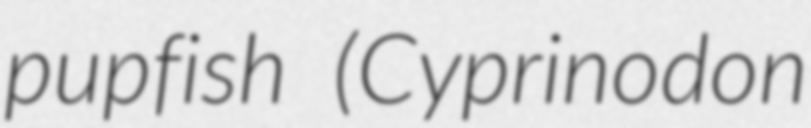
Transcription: pupfish (Cyprinodon